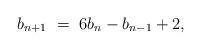
LaTeX: \begin{align*} b_{n+1} \ =\ 6b_{n} - b_{n-1} + 2,\end{align*}